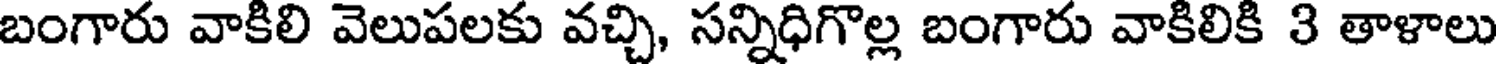
బంగారు వాకిలి వెలుపలకు వచ్చి, సన్నిధిగొల్ల బంగారు వాకిలికి 3 తాళాలు